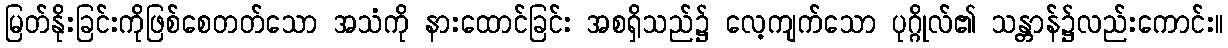
မြတ်နိုးခြင်းကိုဖြစ်စေတတ်သော အသံကို နားထောင်ခြင်း အစရှိသည်၌ လေ့ကျက်သော ပုဂ္ဂိုလ်၏ သန္တာန်၌လည်းကောင်း။